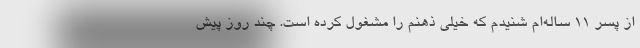
از پسر ۱۱ ساله‌ام شنیدم که خیلی ذهنم را مشغول کرده است. چند روز پیش